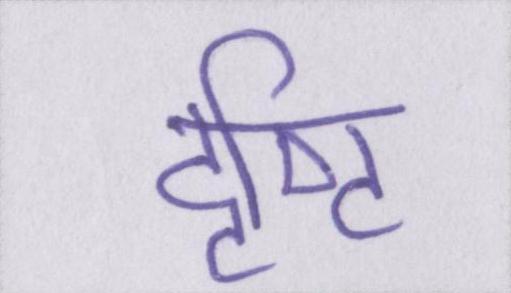
दृष्टि